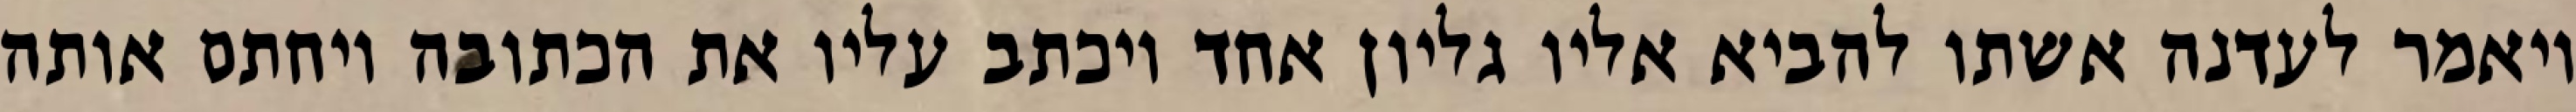
ויאמר לעדנה אשתו להביא אליו גליון אחד ויכתב עליו את הכתובה ויחתם אותה